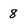
Character: 8